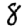
Digit: 8